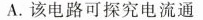
A.该电路可探究电流通